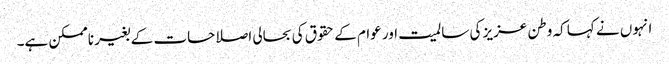
انہوں نے کہا کہ وطن عزیز کی سالمیت اور عوام کے حقوق کی بحالی اصلاحات کے بغیر ناممکن ہے۔